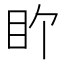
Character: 𬑅